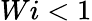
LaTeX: Wi<1